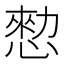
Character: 愸